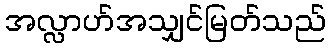
အလ္လာဟ်အသျှင်မြတ်သည်